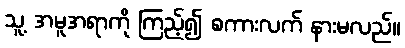
သူ့ အမူအရာကို ကြည့်၍ စကားလက် နားမလည်။